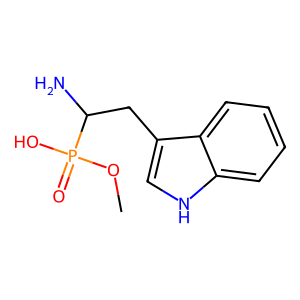
SMILES: COP(=O)(O)C(N)Cc1c[nH]c2ccccc12
Inhibits HIV replication: No